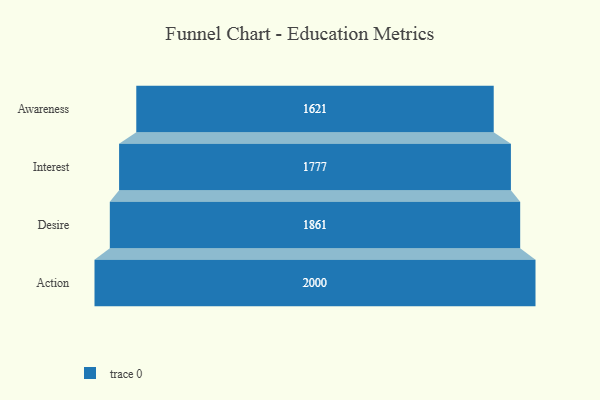
{"axis": {"x": "Stage", "y": "Value"}, "legend": [""], "data": [{"x": "Awareness", "y": 1621.0, "type": ""}, {"x": "Interest", "y": 1777.0, "type": ""}, {"x": "Desire", "y": 1861.0, "type": ""}, {"x": "Action", "y": 2000, "type": ""}]}